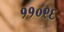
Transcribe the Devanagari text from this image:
११०९६